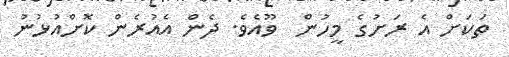
ތަކަށް އެ ރަށުގެ މީހުން  ވޫއެވެ. ދެން އެއުރެން ކޮށްއުޅުނު